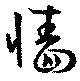
牆